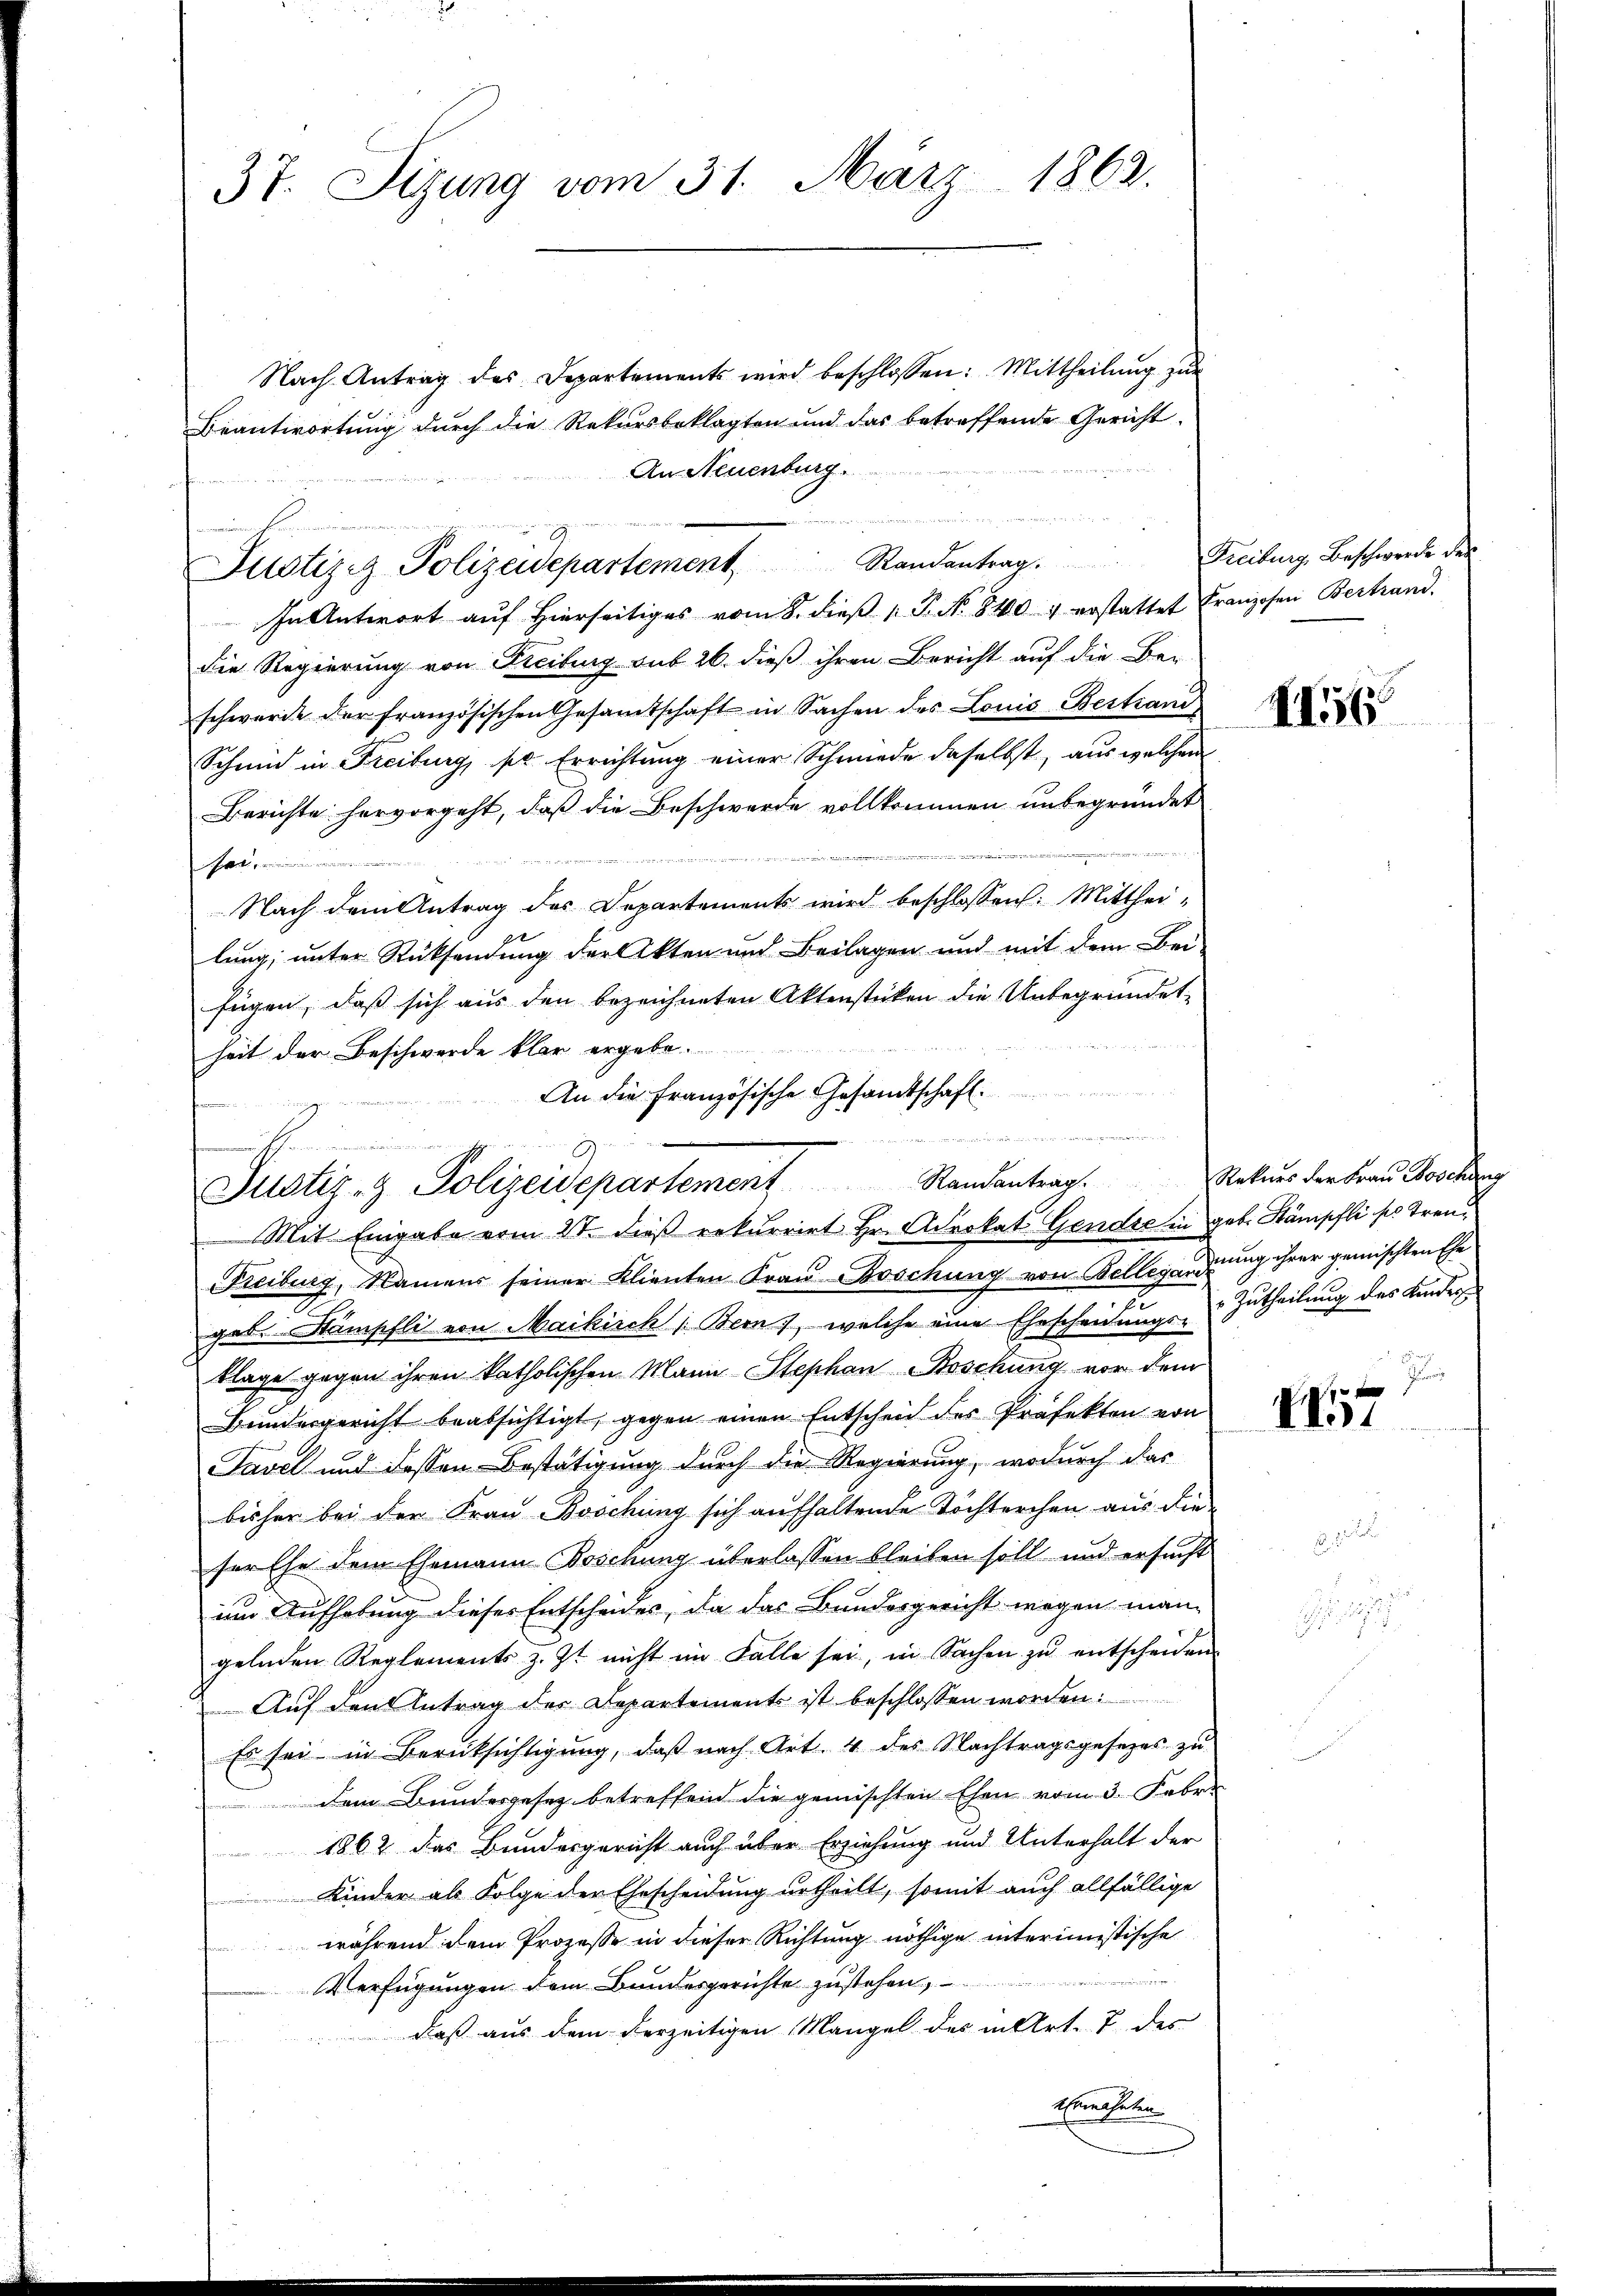
37. Sizung vom 31. März 1863.

Nach Antrag des Departements wird beschlossen: Mittheilung zur
In Antwort aŭf hierseitiges vom 8. dieβ P. N. 840. 4 erstattet Franzosen Bertrand.
die Regierung von Freibung sub 26. dieß ihren Bericht auf die Be-
schwerde der französischen Gesamtschaft in Sachen des Louis Bestiani,
Schmid in Freiburg, pr Errichtung einer Schmiede daselbst, aus welchem
Berichte hervorgeht, daß die Beschwerde vollkommen unbegründet
5

Nach dem Antrag des Departements wird beschlossen: Mitthei-
lung, unter Rücksendung der Akten und Beilagen und mit dem Bei-
fügen, daß sich aus den bezeichneten Aktenstücken die Unbegründet-
heit der Beschwerde klar ergebe.
An die Französische Gesamtschaft

Beantwortung durch die Rekursbeklagten und das betreffende Gericht
An Neuenburg.
Justiziz Polizeidepartement Standentrag Freiburg, Beschwerde der

Justiz- & Polizeidepartement Standentrag.
Mit Eingabe vom 2ten dieß rekurrirt Hr. Advokat Gendre in geb. Stämpfli so treu¬

Freiburg, Namens seiner Klienten Frau Böschung von Bellegarderung ihrer gemischten Ehe
geb. Stämschli von Maikirch 1. Bern, welche eine Ehescheidung & Zutheilung des Kindes
klage gegen ihren katholischen Mann Stephan Boschung vor dem
Bundergericht beabsichtigt, gegen einen Entscheid des Präfekten von
Tavel und dessen Bestätigung durch die Regierung, wodurch das
bisher bei der Frau Böschung sich aufhaltende Tochterchen aus die
ser Ehe dem Ehemann Brockung überlassen bleiben soll und ersucht
um Aufhebung dieser Entscheides, da das Bundesgericht wegen man
gelnden Reglements z. Zt. nicht im Falle sei, in Sachen zu entscheiden.
Auf den Antrag des Departement ist beschlossen worden:
Es sei in Berücksichtigung, daß nach Art. 4 des Nachtragsgesezes zu
dem Bundesgesetz betreffend die gemischten Ehen vom 3. Febr.
1862 das Bundesgericht auch über Erziehung und Unterhalt der
u
Kinder als Folge der Ehescheidung urtheilt, somit auch allfällige
während dem Prozesse in dieser Richtung nöthige interimistische
Verfügungen dem Bundesgerichte zustehen
daß aus dem derzeitigen Mangel des in Art. 7 des
Erwähnten

II

Rekurs der Frau Böschung
a

117